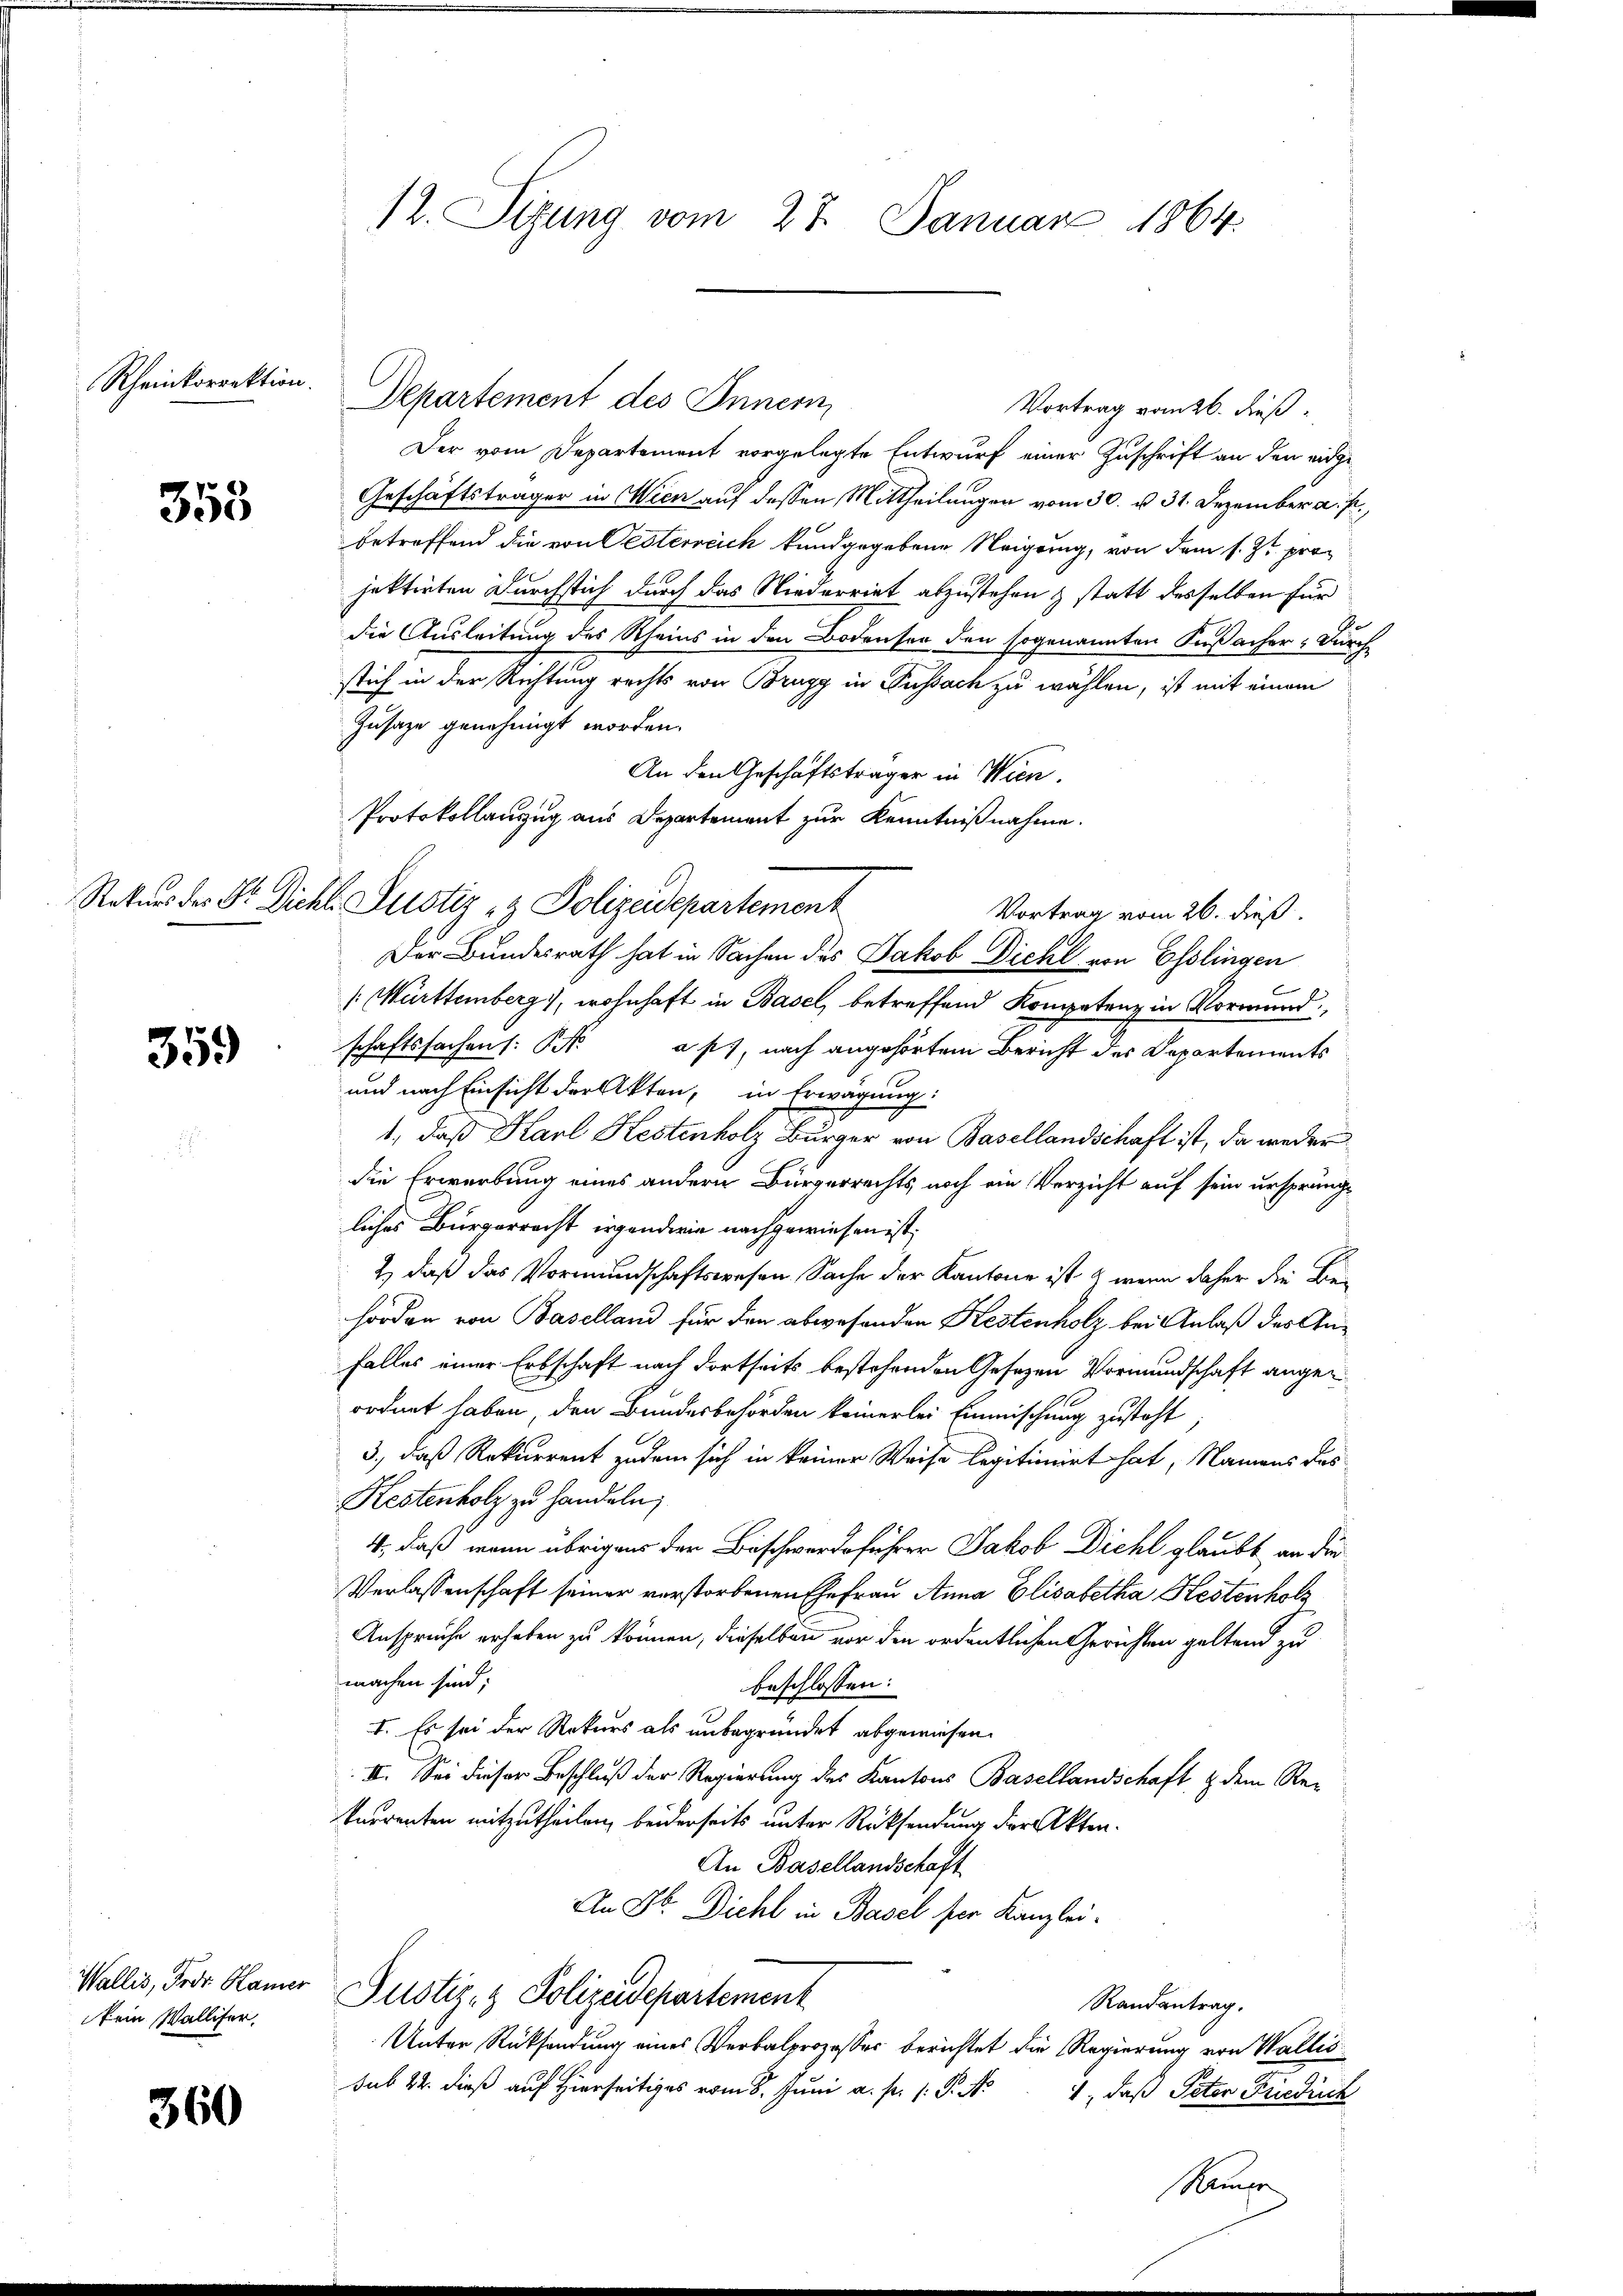
Rheinkorrektion.

358

359

Wallis, Prof. Hauser
kein Wallifer.

360

12. Sizung vom 27. Januar 1864.

Der vom Departement vorgelegte Entwurf einer Zuschrift an den eidge¬
Geschäftsträger in Wien auf dessen Mittheilungen vom 30. v. 31. Dezember a. p.,
betreffend die von Oesterreich kundgegebene Neigung, von dem s. Zt. pro
jektirten Durchstich durch das Niederriet abzustehen & statt desselben für
.
die Ausleitung des Rheins in den Bodenser den sogenannten Fußacher: Durch-
stich in der Richtung rechts von Brugg in Fussach zu wählen, ist mit einem
Gusaze genehmigt worden.
An den Geschäftsträger in Wien.
Protokollanzug aus Departement zur Kenntnißnahme.
Vortrag vom 26. dieß
Der Bundesrath hat in Sachen des Jakob Dichl von Esslingen
/Mürttemberg), wohnhaft in Basel, betreffend Kompetenz in Vormund
schaftssachen (: § afs, nach angehörtem Bericht des Departements
und nach Einsicht der Akten, in Erwägung
1., daß Karl Kestenholz Burger von Basellandschaft ist, da weder
die Erwerbung eines andern Bürgerrechts noch ein Verzicht auf sein ursprüngliches Bürgerrecht irgenderie nachgewiesen ist;
2) daß das Vormundschaftswesen Sache der Kantone ist & wenn daher die Behörden von Baselland für den abwesenden Kestenholz bei Anlaß des Anfalles einer Erbschaft nach dortseits bestehenden Gesezen Vormundschaft angeordnet haben, den Bundesbehörden keinerlei Einmischung zusteht
3., daß Rekurrent zudem sich in keiner Weise legitimirt hat, Namens das
Hestenholz zu handeln;
4, daß wenn übrigens der Beschwerdeführer Jakob Dichl glaubt, an die
Verlassenschaft seiner verstorbenen Ehefrau Anna Elisabetha Kestenholz
Ansprüche erhaben zu können, dieselben vor den ordentlichen Gerichten geltend zu
machen sind;
beschlossen:
I. Es sei der Rekurs als unbegründet abgewiesen.
II. Sei dieser Beschluß der Regierung des Kantons Basellandschaft & dem Returrenten mitzutheilen, beiderseits unter Rücksendung der Akten.
An Basellandschaft
An Dr. Diehl in Basel ser Kanzlei¬
Justiz- & Polizeidepartement
Randantrag.
Unter Rücksendung eines Verbalprozesser berichtet die Regierung von Wallis
sub 22. dieß auf Hierseitiges vom 8. Juni a. p. 1. P. N. 4, daß Peter Friedrich
Ramer

Rekurs des Sr. Dicht. Justiz & Polizeidepartement

Departement des Inner

Vortrag vom 26. dieß,